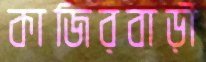
কাজিরবাড়ী